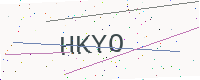
Text: HKYO